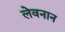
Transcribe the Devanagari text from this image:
लेवनान